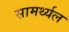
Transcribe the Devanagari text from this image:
सामर्थ्यल